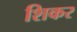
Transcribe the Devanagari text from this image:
शिकर